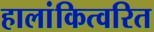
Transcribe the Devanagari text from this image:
हालांकित्वरित